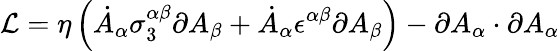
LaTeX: {\cal L}=\eta\left(\dot{A}_{\alpha}\sigma_{3}^{\alpha\beta}\partial A_{\beta}+\dot{A}_{\alpha}\epsilon^{\alpha\beta}\partial A_{\beta}\right)-\partial A_{\alpha}\cdot\partial A_{\alpha}